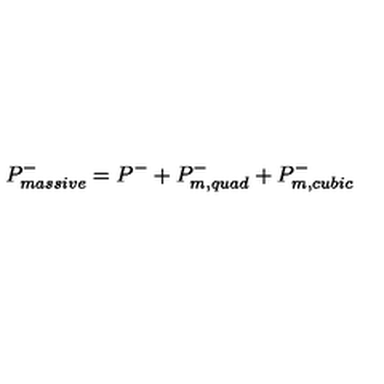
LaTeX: P _ { m a s s i v e } ^ { - } = P ^ { - } + P _ { m , q u a d } ^ { - } + P _ { m , c u b i c } ^ { - }